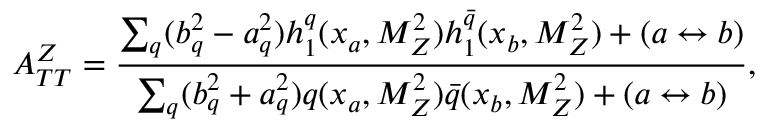
A _ { T T } ^ { Z } = \frac { \sum _ { q } ^ { } ( b _ { q } ^ { 2 } - a _ { q } ^ { 2 } ) h _ { 1 } ^ { q } ( x _ { a } , M _ { Z } ^ { 2 } ) h _ { 1 } ^ { \bar { q } } ( x _ { b } , M _ { Z } ^ { 2 } ) + ( a \leftrightarrow b ) } { \sum _ { q } ^ { } ( b _ { q } ^ { 2 } + a _ { q } ^ { 2 } ) q ( x _ { a } , M _ { Z } ^ { 2 } ) \bar { q } ( x _ { b } , M _ { Z } ^ { 2 } ) + ( a \leftrightarrow b ) } ,